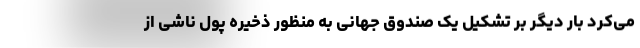
می‌کرد بار دیگر بر تشکیل یک صندوق جهانی به منظور ذخیره پول ناشی از